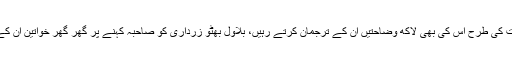
ایران میں دیے گئے غیر محتاط بیان کی وضاحت کی طرح اس کی بھی لاکھ وضاحتیں ان کے ترجمان کرتے رہیں، بلاول بھٹو زرداری کو صاحبہ کہنے پر گھر گھر خواتین ان کے اس جملے کو اپنی تضحیک قرار دے رہی ہیں۔